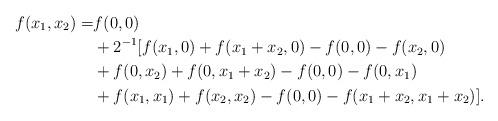
LaTeX: \begin{align*} f(x_1,x_2) = & f(0,0) \\ &+2^{-1} [ f(x_1,0)+f(x_1+x_2,0)-f(0,0)-f(x_2,0) \\ & +f(0,x_2)+f(0,x_1+x_2)-f(0,0)-f(0,x_1) \\ & +f(x_1,x_1)+f(x_2,x_2)-f(0,0)-f(x_1+x_2,x_1+x_2) ].\end{align*}